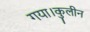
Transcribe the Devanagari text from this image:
गया।कुलीन